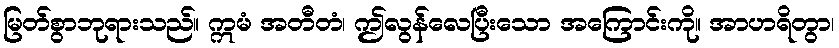
မြတ်စွာဘုရားသည်။ ဣမံ အတီတံ၊ ဤလွန်လေပြီးသော အကြောင်းကို။ အာဟရိတွာ၊